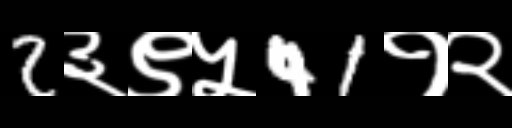
Text: 2३९५41१२